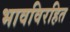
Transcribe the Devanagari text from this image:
भावविरहित